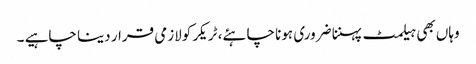
وہاں بھی ہیلمٹ پہننا ضروری ہونا چاہئے، ٹریکر کولازمی قرار دینا چاہیے ۔